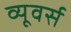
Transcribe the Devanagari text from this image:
व्यूवर्स